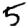
Digit: 5